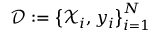
\mathcal { D } : = \left\{ \mathcal { X } _ { i } , y _ { i } \right\} _ { i = 1 } ^ { N }